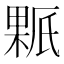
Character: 𰘊